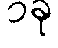
၁ခု